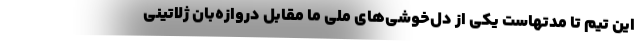
این تیم تا مدتهاست یکی از دل‌خوشی‌های ملی ما مقابل دروازه‌بان ژلاتینی